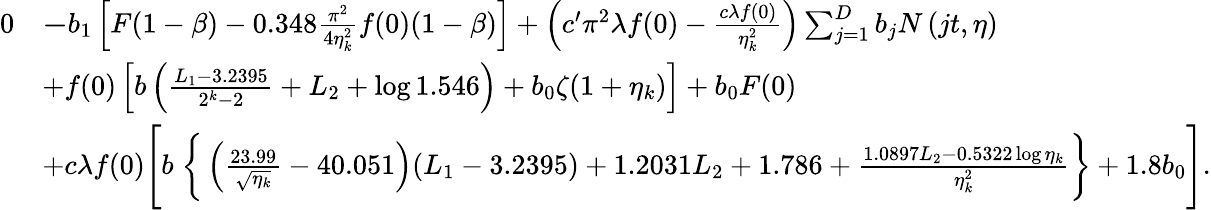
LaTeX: \begin{array}{rl}{0}&{\le-b_{1}\left[F(1-\beta)-0.348\frac{\pi^{2}}{4\eta_{k}^{2}}f(0)(1-\beta)\right]+\left(c^{\prime}\pi^{2}\lambda f(0)-\frac{c\lambda f(0)}{\eta_{k}^{2}}\right)\sum_{j=1}^{D}b_{j}N\left(jt,\eta\right)}\\ &{+f(0)\left[b\left(\frac{L_{1}-3.2395}{2^{k}-2}+L_{2}+\log 1.546\right)+b_{0}\zeta(1+\eta_{k})\right]+b_{0}F(0)}\\ &{+c\lambda f(0)\Bigg[b\; \bigg\{ \left(\frac{23.99}{\sqrt{\eta_{k}}}-40.051\right)(L_{1}-3.2395)+1.2031L_{2}+1.786+\frac{1.0897L_{2}-0.5322\log\eta_{k}}{\eta_{k}^{2}}\bigg\} +1.8b_{0}\Bigg].}\end{array}